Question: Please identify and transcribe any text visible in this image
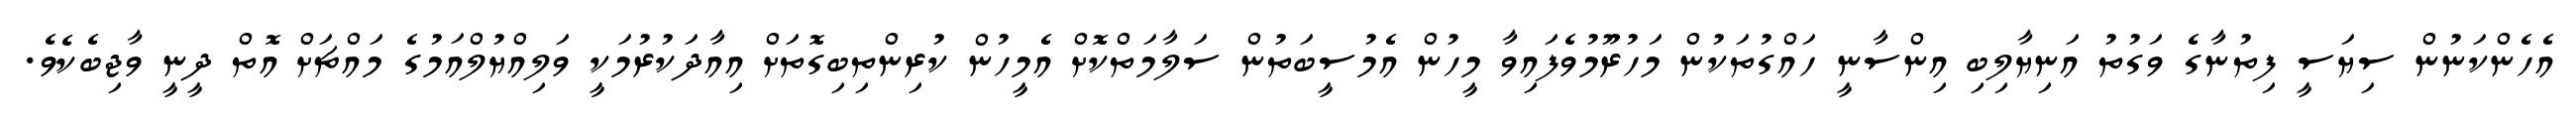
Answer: އެހެންކަނުން ސިޔަސީ ފިތުނާގެ ވަގުތު އަނިޔާލިބި އިންސާނީ ހައްގުތަކުން މަހުރޫމުވެފައިވާ މީހުން އެމުސީބަތުން ސަލާމަތްކޮށް އެމީހުން ކުރިންތިބިގޮތަށް އިއާދަކުރުމަކީ ވަލިއްޔުލްއަމުގެ މައްޗަށް އޮތް ދީނީ ވާޖިބެކެވެ.